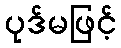
ပုဒ်မဖြင့်